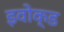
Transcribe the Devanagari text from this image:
इवोक्ड